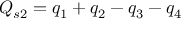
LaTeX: Q _ { s 2 } = q _ { 1 } + q _ { 2 } - q _ { 3 } - q _ { 4 }